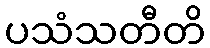
ပသံသတီတိ